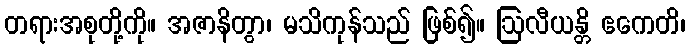
တရားအစုတို့ကို။ အဇာနိတွာ၊ မသိကုန်သည် ဖြစ်၍။ ဩလီယန္တိ ဧကေတိ၊